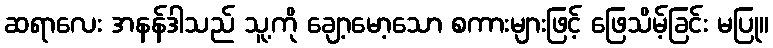
ဆရာလေး အနန်ဒါသည် သူ့ကို ချော့မော့သော စကားများဖြင့် ဖြေသိမ့်ခြင်း မပြု။